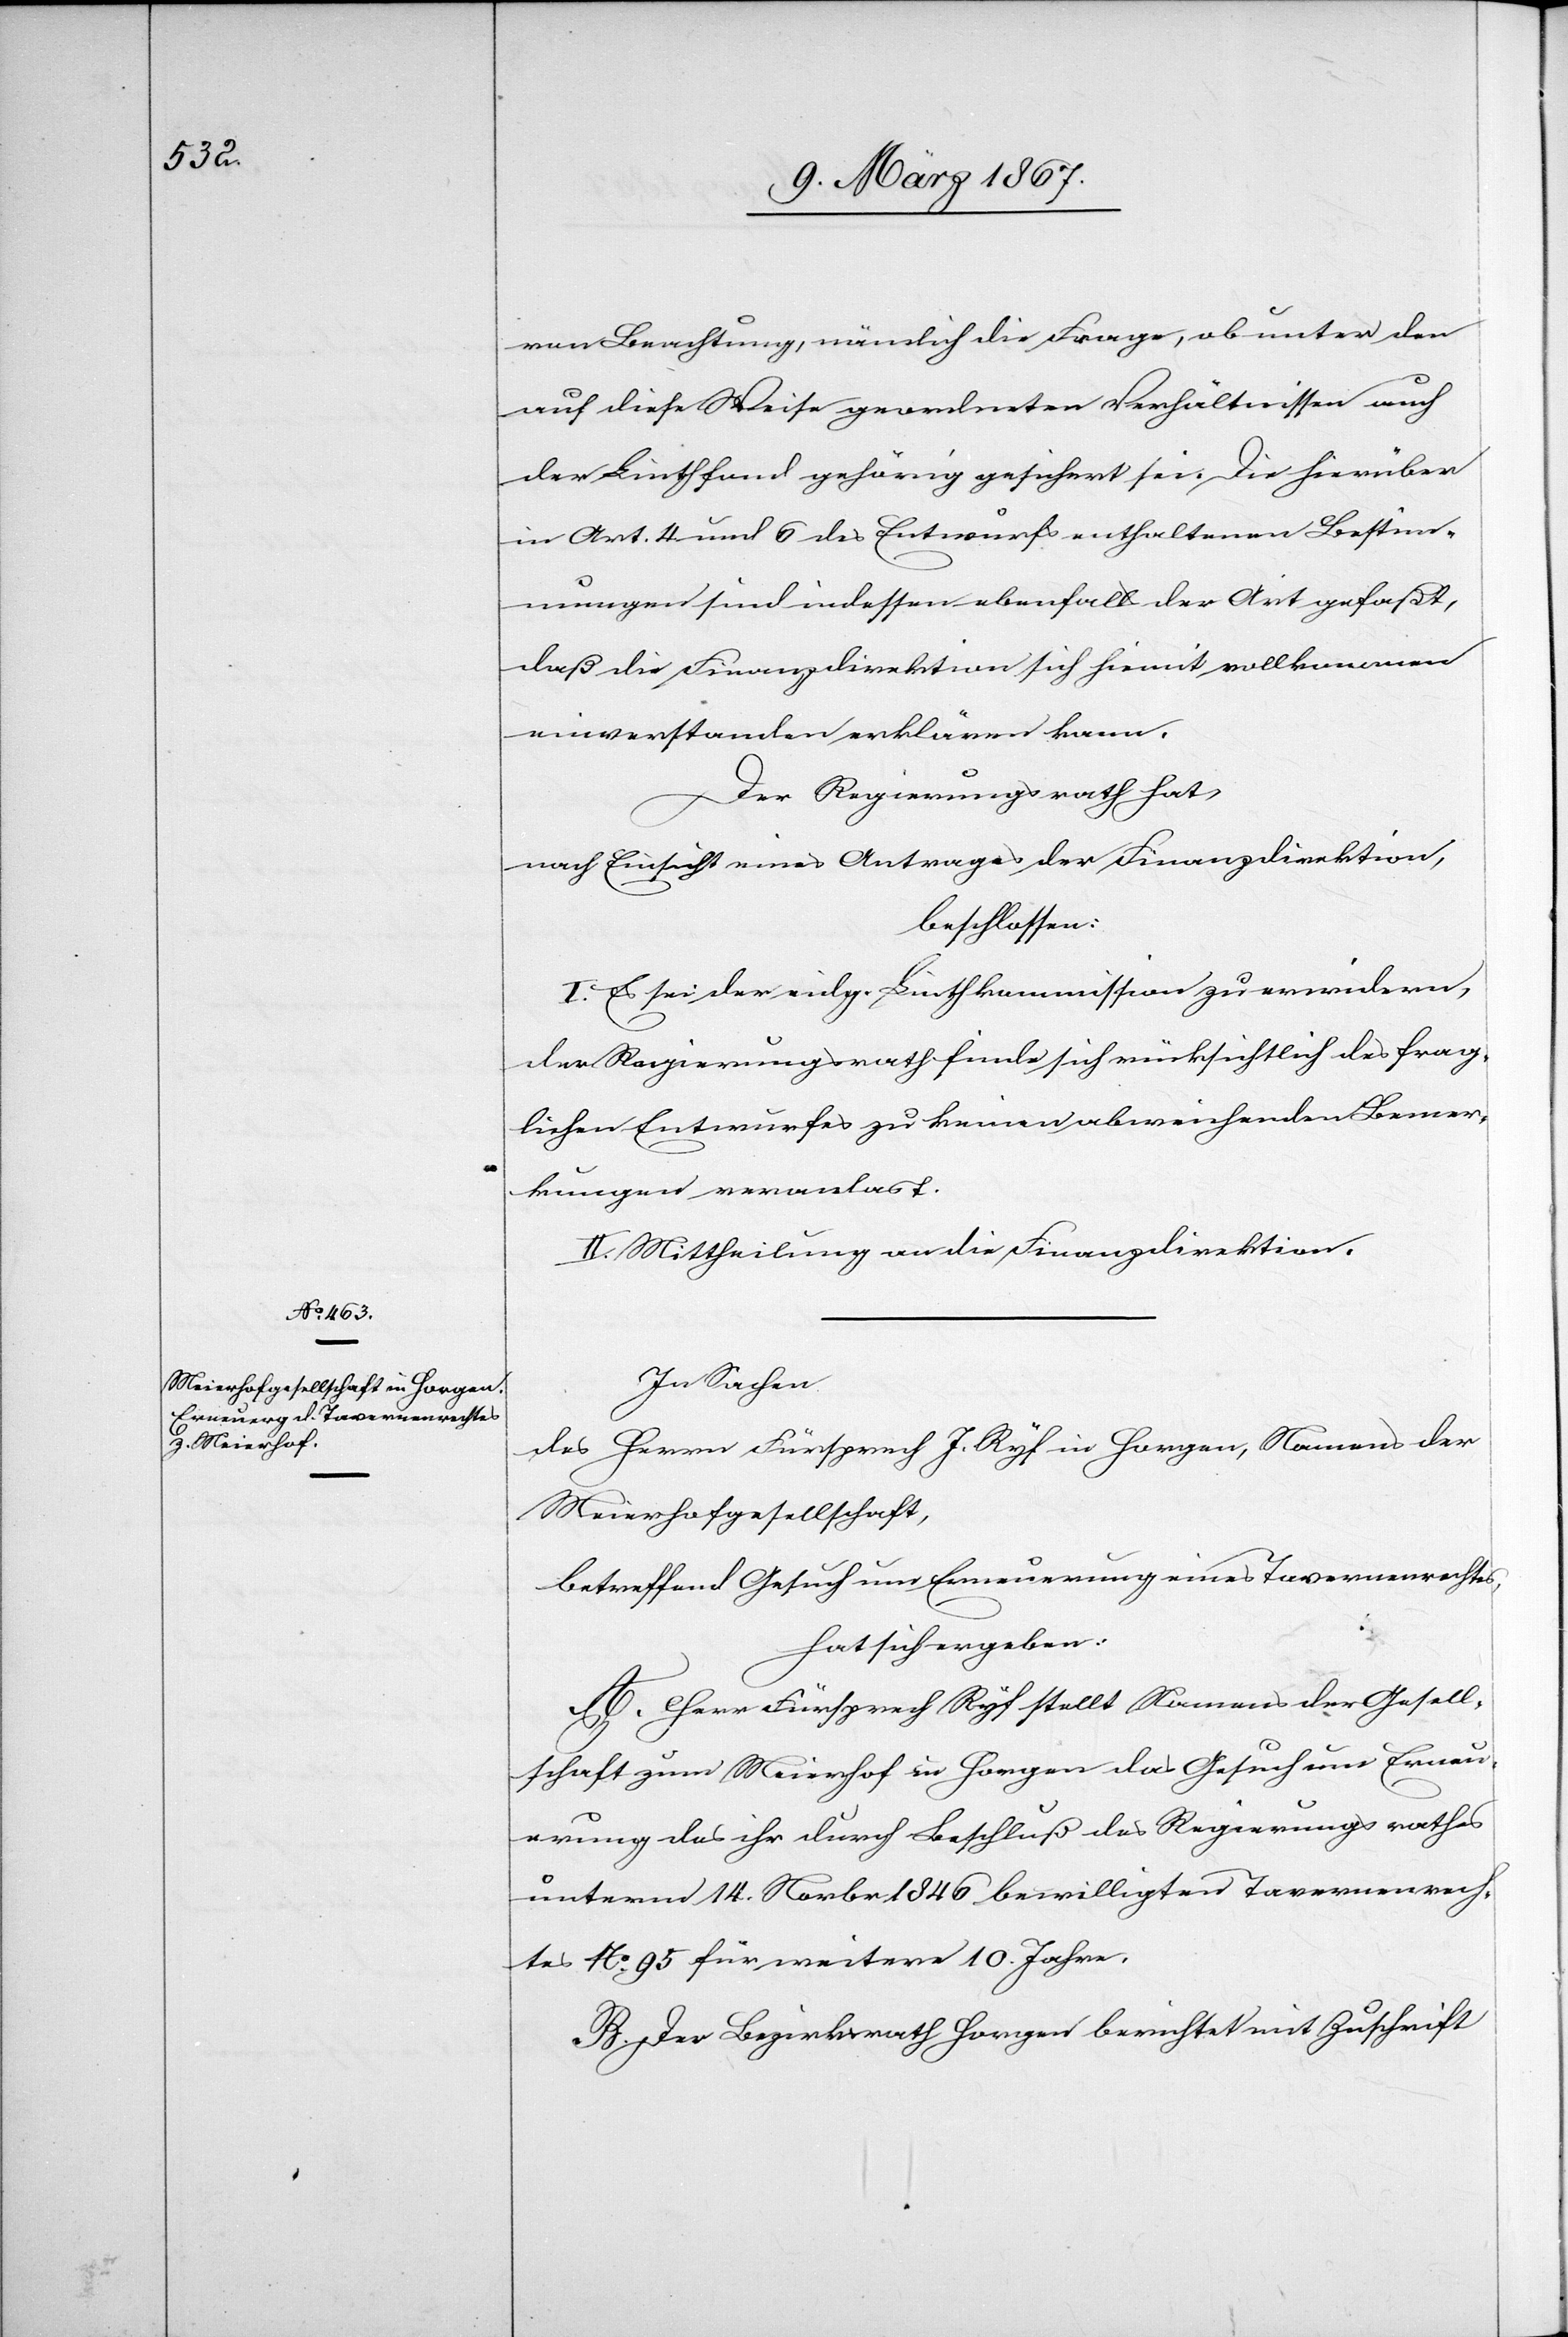
In Sachen
des Herrn Fürsprech J. Ryf in Horgen, Namens der
Meierhofgesellschaft,
betreffend Gesuch um Erneuerung eines Tavernenrechtes,
hat sich ergeben:
A. Herr Fürsprech Ryf stellt Namens der Gesell¬
schaft zum Meierhof in Horgen das Gesuch um Erneu¬
erung des ihr durch Beschluß des Regierungsrathes
unterm 14. Novbr. 1846 bewilligten Tavernenrech¬
tes No. 95 für weitere 10 Jahre.
B. Der Bezirksrath Horgen berichtet mit Zuschrift